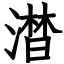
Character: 澘